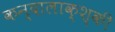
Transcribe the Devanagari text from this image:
कन्दालाक्श्की